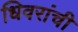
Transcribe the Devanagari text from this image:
धिवरांची